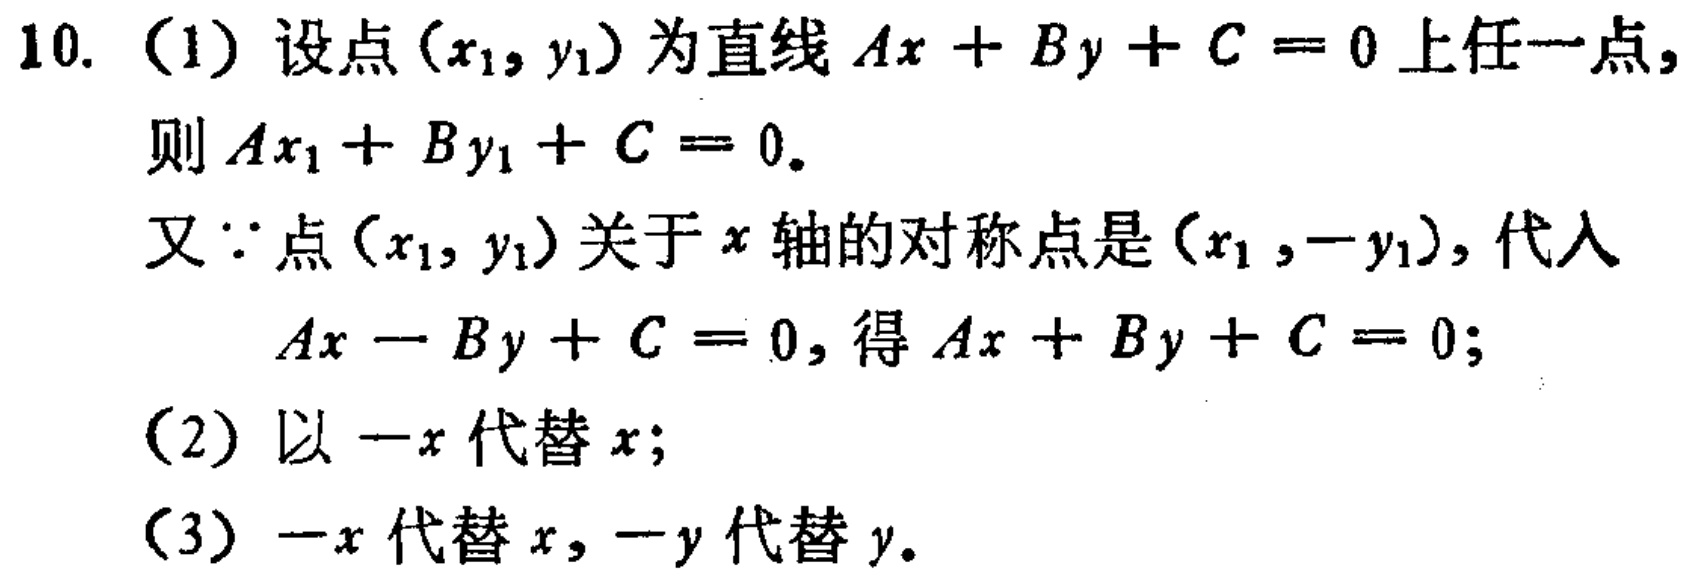
10. (1) 设点\((x_1,y_1)\)为直线\(Ax + By + C = 0\)上任一点，
则\(Ax_1 + By_1 + C = 0\)。
又\(\because\)点\((x_1,y_1)\)关于\(x\)轴的对称点是\((x_1,-y_1)\)，代入
\(Ax - By + C = 0\)，得\(Ax + By + C = 0\)；
(2) 以\(-x\)代替\(x\)；
(3) \(-x\)代替\(x\)，\(-y\)代替\(y\)。